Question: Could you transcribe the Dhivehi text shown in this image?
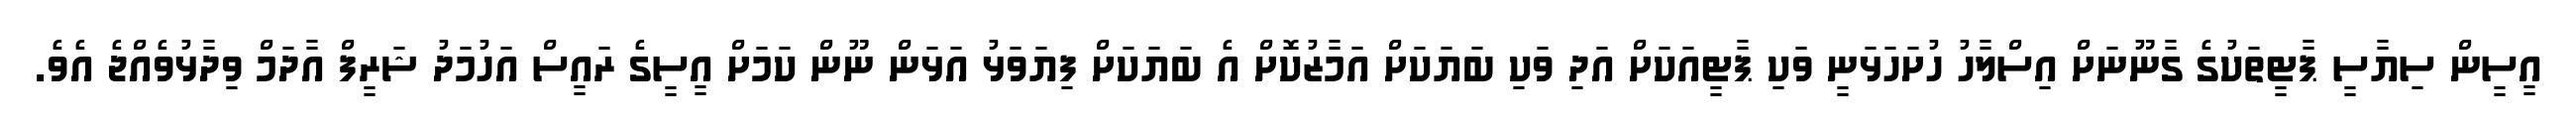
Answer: އީސީން ސިޔާސީ ޕާޓީތަކުގެ ގާނޫނަށް އިސްލާހު ހުށަހަޅަނީ ވަކި ޕާޓީއަކަށް އަދި ވަކި ބަޔަކަށް އަމާޒުކޮށް އެ ބަޔަކަށް ފިޔަވަޅު އަޅަން ނޫން ކަމަށް އީސީގެ ރައީސް އަހުމަދު ޝަރީފް އާދަމް ވިދާޅުވެއްޖެ އެވެ.